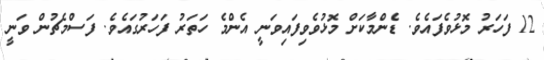
12 ފަހަރު މޮޅުވެފައެވެ. ޑެންމާކަށް މޮޅުވެވިފައިވަނީ އެންމެ ހަތަރު ފަހަރުގައެވެ. ފަސްމެޗުން ވަނީ